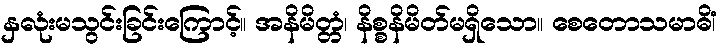
နှလုံးမသွင်းခြင်းကြောင့်။ အနိမိတ္တံ၊ နိစ္စနိမိတ်မရှိသော။ စေတောသမာဓိံ၊